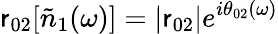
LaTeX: \mathsf{r}_{02}[\tilde{{n}}_{1}(\omega)]=|\mathsf{r}_{02}|e^{i\theta_{02}(\omega)}